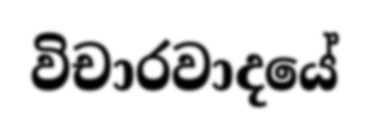
විචාරවාදයේ